Lunatic asylums Central Provinces reports 1886-1894 - 1886-1894
Year: 1886
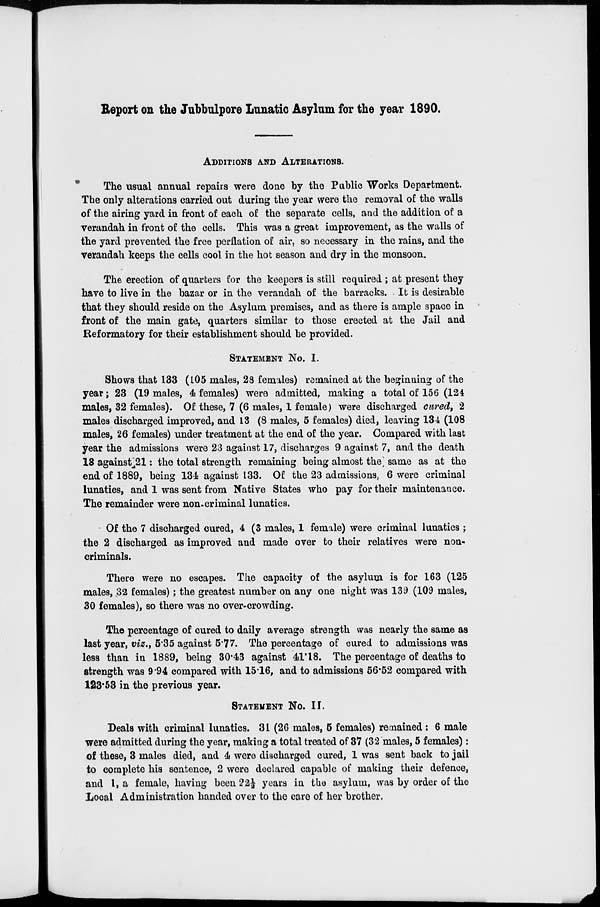
Report on the Jubbulpore Lunatic Asylum for the year 1890.
ADDITIONS AND ALTERATIONS.
The usual annual repairs were done by the Public Works Department.
The only alterations carried out during the year were the removal of the walls
of the airing yard in front of each of the separate cells, and the addition of a
verandah in front of the cells. This was a great improvement, as the walls of
the yard prevented the free perflation of air, so necessary in the rains, and the
verandah keeps the cells cool in the hot season and dry in the monsoon.
The erection of quarters for the keepers is still required ; at present they
have to live in the bazar or in the verandah of the barracks. It is desirable
that they should reside on the Asylum premises, and as there is ample space in
front of the main gate, quarters similar to those erected at the Jail and
Reformatory for their establishment should be provided.
STATEMENT No. I.
Shows that 133 (105 males, 28 females) remained at the beginning of the
year; 23 (19 males, 4 females) were admitted, making a total of 156 (124
males, 32 females). Of these, 7 (6 males, 1 female) were discharged cured, 2
males discharged improved, and 13 (8 males, 5 females) died, leaving 134 (108
males, 26 females) under treatment at the end of the year. Compared with last
year the admissions were 23 against 17, discharges 9 against 7, and the death
13 against 21: the total strength remaining being almost the, same as at the
end of 1889, being 134 against 133. Of the 23 admissions, 6 were criminal
lunatics, and 1 was sent from Native States who pay for their maintenance.
The remainder were non-criminal lunatics.
Of the 7 discharged cured, 4 (3 males, 1 female) were criminal lunatics ;
the 2 discharged as improved and made over to their relatives were non-
criminals.
There were no escapes. The capacity of the asylum is for 163 (125
males, 32 females); the greatest number on any one night was 139 (109 males,
30 females), so there was no over-crowding.
The percentage of cured to daily average strength was nearly the same as
last year, viz., 5.35 against 5.77. The percentage of cured to admissions was
less than in 1889, being 30.43 against 41.18. The percentage of deaths to
strength was 9.94 compared with 15.16, and to admissions 56.52 compared with
123.53 in the previous year.
STATEMENT No. II.
Deals with criminal lunatics. 31 (26 males, 5 females) remained: 6 male
were admitted during the year, making a total treated of 37 (32 males, 5 females):
of these, 3 males died, and 4 were discharged cured, 1 was sent back to jail
to complete his sentence, 2 were declared capable of making their defence
and 1, a female, having been 22½ years in the asylum, was by order of the
Local Administration handed over to the care of her brother.